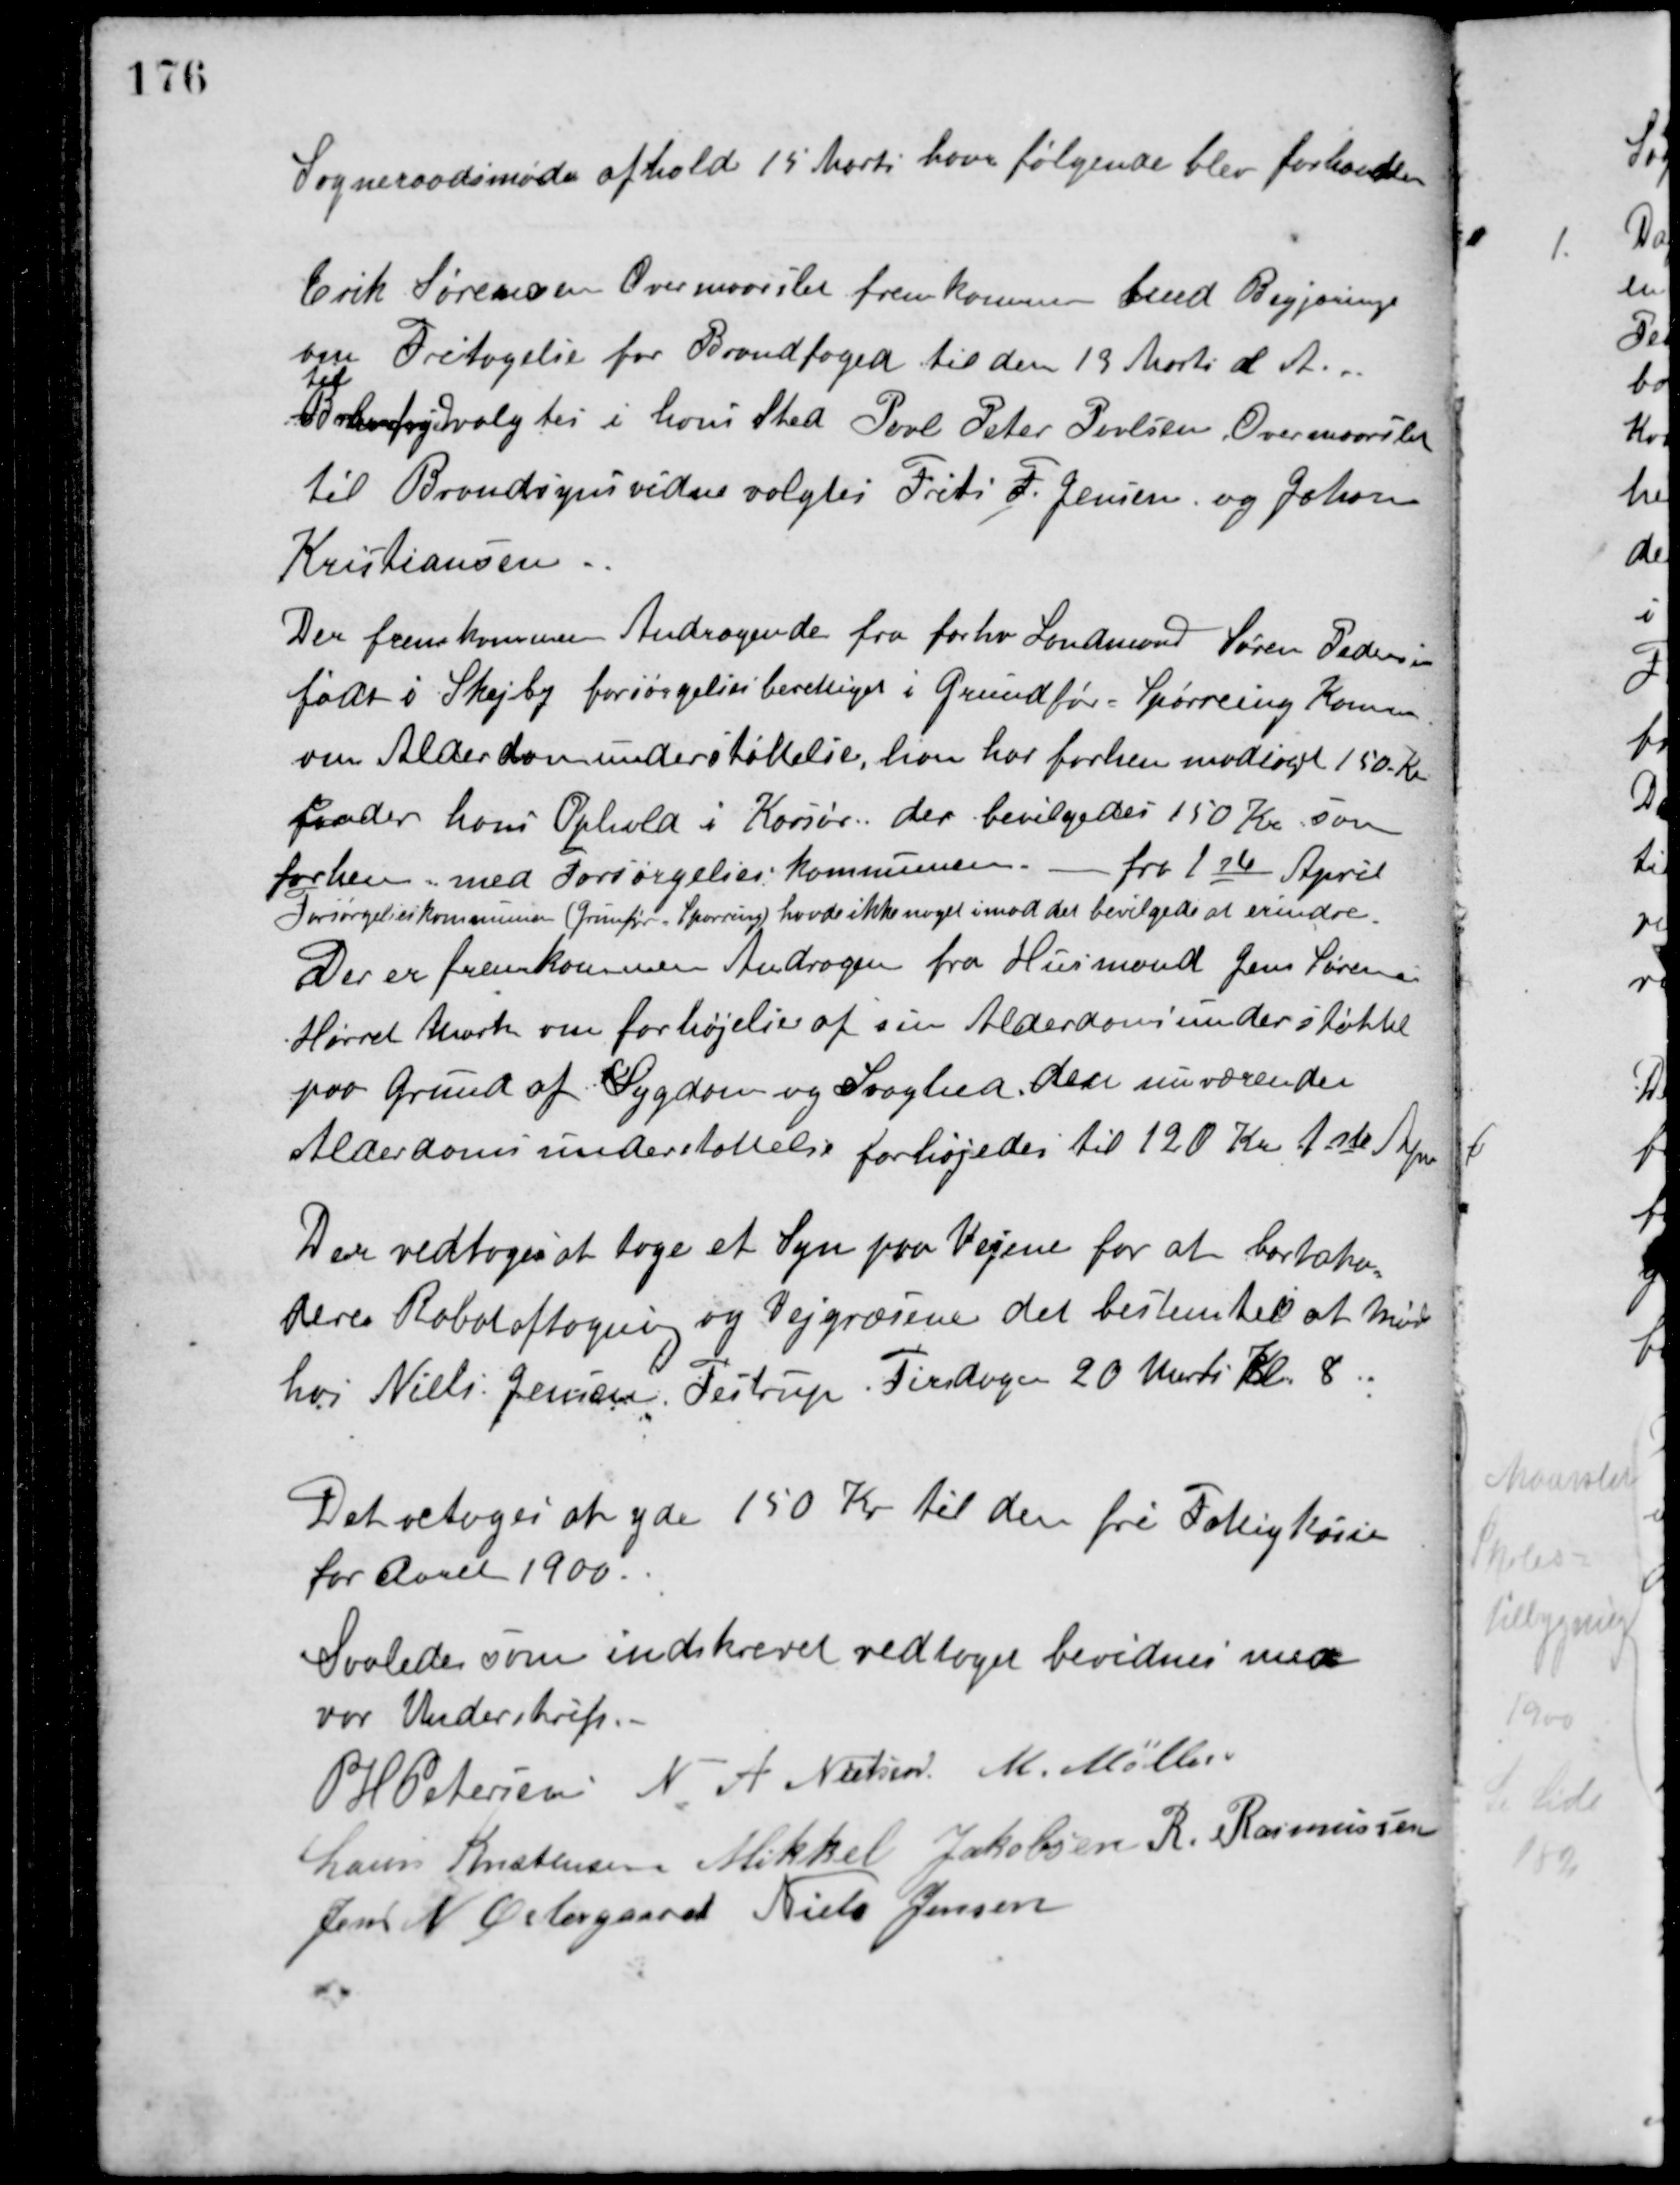
Transskription:
Sogneraadsmøde afholdt 15 Marts hvor følgende blev forhandlet.
Erik Sørensen Overmaarslet fremkommen med Begjæring
om Fritagelse for Brandfoged til den 19 Marts d. A.
til
Brandfoged valgtes i hans Sted Poul Peter Povlsen, Overmaarslet
til Brandsynsvidene valgtes Frits F. Jensen og Johan
Kristiansen.
Der fremkommen Andragende fra forhv. Landmand Søren Pedersen
født i Skejby forsørgelsesberettiget i Grundfør-Spørring Kommune
om Alderdomsunderstøttelse, han har forhen modtaget 150 Kr.
under hans Ophold i Korsør, der bevilgedes 150 Kr. som
forhen med Forsørgelseskommunen. - fra 1ste April.
Forsørgelseskommunen (Grunfør Spørring) havde ikke noget imod det bevilgede at erindre.
Der er fremkommen Andragen fra Husmand Jens Sørensen
Hørret Mark om forhøjelse af sin Alderdomsunderstøttel
paa Grund af Sygdom og Svaghed. den nuværende
Alderdomsunderstøttelse forhøjedes til 120 Kr. 1ste April.
Der vedtoges at tage et Syn paa Vejene for at bortako-
deres Rabataftagning og Vejgræsene. det bestemtes at Mødes
hos Niels Jensen, Testrup Tirsdagen 20 Marts Kl. 8.
Det vetoges at yde 150 Kr. til den fri Fattigkasse
for Aaret 1900.
Saaledes som indskrevet vedtaget bevidnes med
vor Underskrift.
P. H. Petersen N. A. Nielsen M. Møller
Laurs Kristensen Mikkel Jakobsen R. Rasmussen
Jens N. Østergaard Niels Jensen